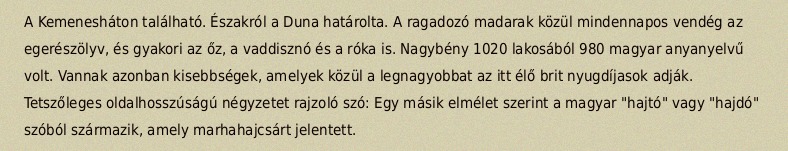
A Kemenesháton található. Északról a Duna határolta. A ragadozó madarak közül mindennapos vendég az egerészölyv, és gyakori az őz, a vaddisznó és a róka is. Nagybény 1020 lakosából 980 magyar anyanyelvű volt. Vannak azonban kisebbségek, amelyek közül a legnagyobbat az itt élő brit nyugdíjasok adják. Tetszőleges oldalhosszúságú négyzetet rajzoló szó: Egy másik elmélet szerint a magyar "hajtó" vagy "hajdó" szóból származik, amely marhahajcsárt jelentett.